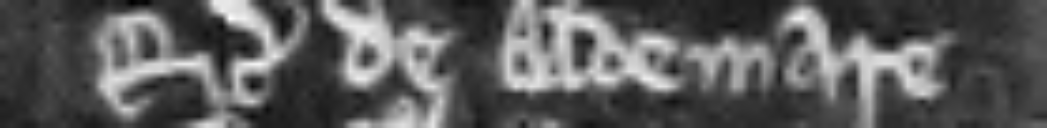
Richardus de Aldemare